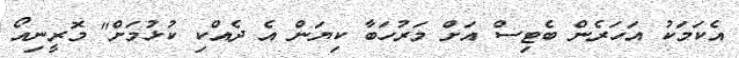
އެކަމަކު އަހަރެން ބެޓިސް އަށް މަރުހަބާ ކިޔަން އެ ދެއްކި ކުޅުމަށް" މޮރީނިއޯ